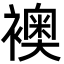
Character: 襖